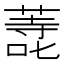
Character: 𭊬